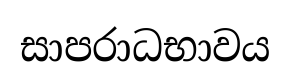
සාපරාධභාවය